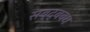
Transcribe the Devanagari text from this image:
सब्द्बबध